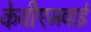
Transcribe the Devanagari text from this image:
केवीएमवाई